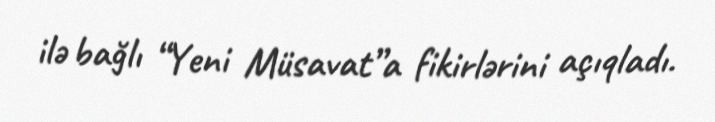
ilə bağlı “Yeni Müsavat”a fikirlərini açıqladı.